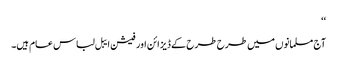
‘‘
آج مسلمانوں میں طرح طرح کے ڈیزائن اور فیشن ایبل لباس عام ہیں۔